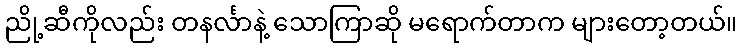
ညို့ဆီကိုလည်း တနင်္လာနဲ့ သောကြာဆို မရောက်တာက များတော့တယ်။